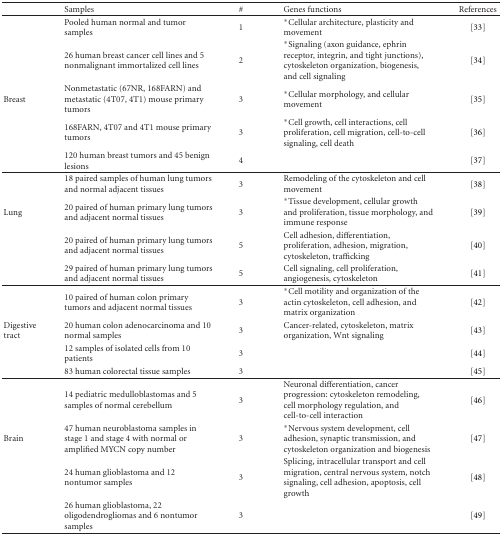
<table><thead><tr><td>[EMPTY_CELL]</td><td><b>Samples</b></td><td><b>#</b></td><td><b>Genes functions</b></td><td><b>References</b></td></tr></thead><tbody><tr><td>[EMPTY_CELL]</td><td>Pooled human normal and tumor samples</td><td>1</td><td>*Cellular architecture, plasticity and movement</td><td>[33]</td></tr><tr><td>[EMPTY_CELL]</td><td>26 human breast cancer cell lines and 5 nonmalignant immortalized cell lines</td><td>2</td><td>*Signaling (axon guidance, ephrin receptor, integrin, and tight junctions), cytoskeleton organization, biogenesis, and cell signaling</td><td>[34]</td></tr><tr><td>Breast</td><td>Nonmetastatic (67NR, 168FARN) and metastatic (4T07, 4T1) mouse primary tumors</td><td>3</td><td>*Cellular morphology, and cellular movement</td><td>[35]</td></tr><tr><td>[EMPTY_CELL]</td><td>168FARN, 4T07 and 4T1 mouse primary tumors</td><td>3</td><td>*Cell growth, cell interactions, cell proliferation, cell migration, cell-to-cell signaling, cell death</td><td>[36]</td></tr><tr><td>[EMPTY_CELL]</td><td>120 human breast tumors and 45 benign lesions</td><td>4</td><td>[EMPTY_CELL]</td><td>[37]</td></tr><tr><td>[EMPTY_CELL]</td><td>18 paired samples of human lung tumors and normal adjacent tissues</td><td>3</td><td>Remodeling of the cytoskeleton and cell movement</td><td>[38]</td></tr><tr><td>Lung</td><td>20 paired of human primary lung tumors and adjacent normal tissues</td><td>3</td><td>*Tissue development, cellular growth and proliferation, tissue morphology, and immune response</td><td>[39]</td></tr><tr><td>[EMPTY_CELL]</td><td>20 paired of human primary lung tumors and adjacent normal tissues</td><td>5</td><td>Cell adhesion, differentiation, proliferation, adhesion, migration, cytoskeleton, trafficking</td><td>[40]</td></tr><tr><td>[EMPTY_CELL]</td><td>29 paired of human primary lung tumors and adjacent normal tissues</td><td>5</td><td>Cell signaling, cell proliferation, angiogenesis, cytoskeleton</td><td>[41]</td></tr><tr><td>[EMPTY_CELL]</td><td>10 paired of human colon primary tumors and adjacent normal tissues</td><td>3</td><td>*Cell motility and organization of the actin cytoskeleton, cell adhesion, and matrix organization</td><td>[42]</td></tr><tr><td>Digestive tract</td><td>20 human colon adenocarcinoma and 10 normal samples</td><td>3</td><td>Cancer-related, cytoskeleton, matrix organization, Wnt signaling</td><td>[43]</td></tr><tr><td>[EMPTY_CELL]</td><td>12 samples of isolated cells from 10 patients</td><td>3</td><td>[EMPTY_CELL]</td><td>[44]</td></tr><tr><td>[EMPTY_CELL]</td><td>83 human colorectal tissue samples</td><td>3</td><td>[EMPTY_CELL]</td><td>[45]</td></tr><tr><td>[EMPTY_CELL]</td><td>14 pediatric medulloblastomas and 5 samples of normal cerebellum</td><td>3</td><td>Neuronal differentiation, cancer progression: cytoskeleton remodeling, cell morphology regulation, and cell-to-cell interaction</td><td>[46]</td></tr><tr><td>Brain</td><td>47 human neuroblastoma samples in stage 1 and stage 4 with normal or amplified MYCN copy number</td><td>3</td><td>*Nervous system development, cell adhesion, synaptic transmission, and cytoskeleton organization and biogenesis</td><td>[47]</td></tr><tr><td>[EMPTY_CELL]</td><td>24 human glioblastoma and 12 nontumor samples</td><td>3</td><td>Splicing, intracellular transport and cell migration, central nervous system, notch signaling, cell adhesion, apoptosis, cell growth</td><td>[48]</td></tr><tr><td>[EMPTY_CELL]</td><td>26 human glioblastoma, 22 oligodendrogliomas and 6 nontumor samples</td><td>3</td><td>[EMPTY_CELL]</td><td>[49]</td></tr></tbody></table>